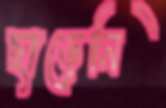
ছাড়েনি